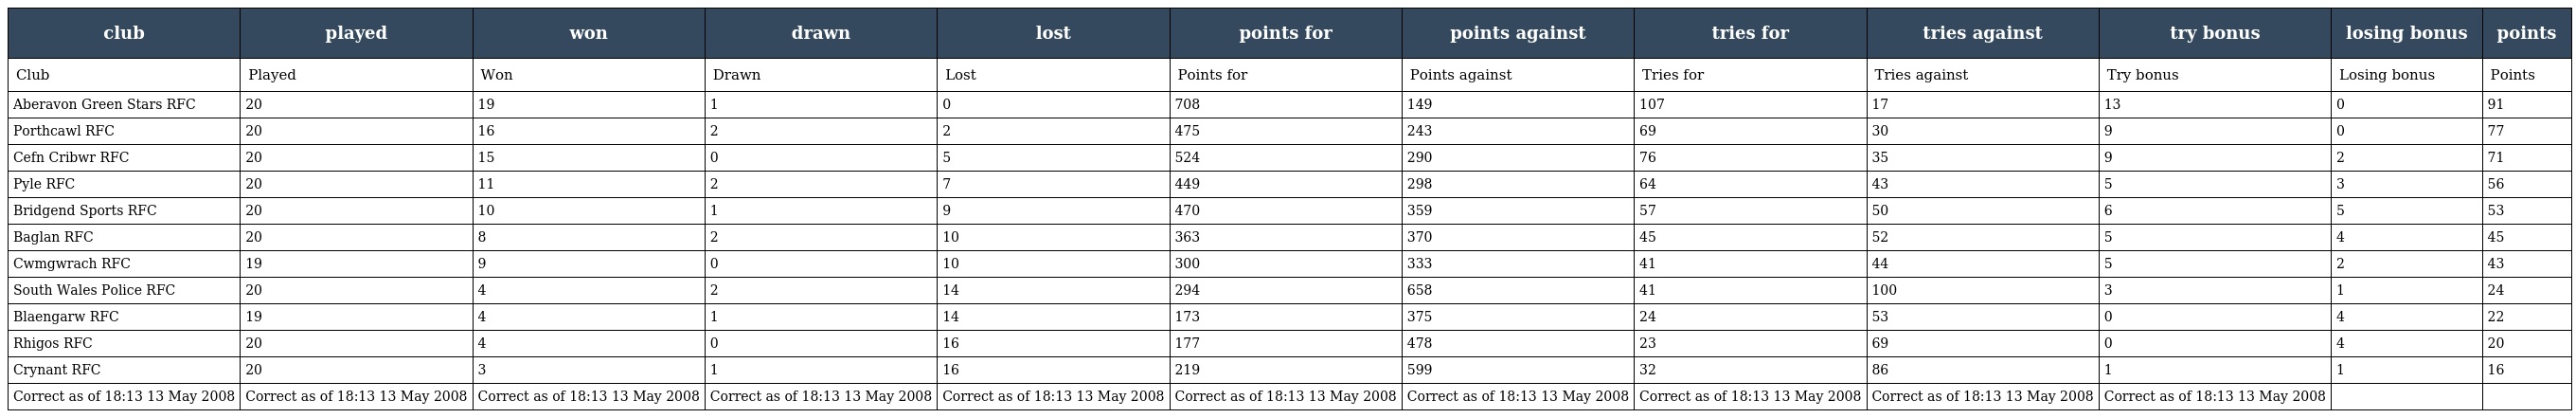
| club | played | won | drawn | lost | points for | points against | tries for | tries against | try bonus | losing bonus | points |
 | --- | --- | --- | --- | --- | --- | --- | --- | --- | --- | --- | --- |
 | Club | Played | Won | Drawn | Lost | Points for | Points against | Tries for | Tries against | Try bonus | Losing bonus | Points |
 | Aberavon Green Stars RFC | 20 | 19 | 1 | 0 | 708 | 149 | 107 | 17 | 13 | 0 | 91 |
 | Porthcawl RFC | 20 | 16 | 2 | 2 | 475 | 243 | 69 | 30 | 9 | 0 | 77 |
 | Cefn Cribwr RFC | 20 | 15 | 0 | 5 | 524 | 290 | 76 | 35 | 9 | 2 | 71 |
 | Pyle RFC | 20 | 11 | 2 | 7 | 449 | 298 | 64 | 43 | 5 | 3 | 56 |
 | Bridgend Sports RFC | 20 | 10 | 1 | 9 | 470 | 359 | 57 | 50 | 6 | 5 | 53 |
 | Baglan RFC | 20 | 8 | 2 | 10 | 363 | 370 | 45 | 52 | 5 | 4 | 45 |
 | Cwmgwrach RFC | 19 | 9 | 0 | 10 | 300 | 333 | 41 | 44 | 5 | 2 | 43 |
 | South Wales Police RFC | 20 | 4 | 2 | 14 | 294 | 658 | 41 | 100 | 3 | 1 | 24 |
 | Blaengarw RFC | 19 | 4 | 1 | 14 | 173 | 375 | 24 | 53 | 0 | 4 | 22 |
 | Rhigos RFC | 20 | 4 | 0 | 16 | 177 | 478 | 23 | 69 | 0 | 4 | 20 |
 | Crynant RFC | 20 | 3 | 1 | 16 | 219 | 599 | 32 | 86 | 1 | 1 | 16 |
 | Correct as of 18:13 13 May 2008 | Correct as of 18:13 13 May 2008 | Correct as of 18:13 13 May 2008 | Correct as of 18:13 13 May 2008 | Correct as of 18:13 13 May 2008 | Correct as of 18:13 13 May 2008 | Correct as of 18:13 13 May 2008 | Correct as of 18:13 13 May 2008 | Correct as of 18:13 13 May 2008 | Correct as of 18:13 13 May 2008 |  |  |